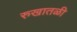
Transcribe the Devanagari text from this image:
रुखातळी